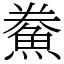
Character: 鮝